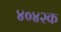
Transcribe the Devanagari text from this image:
४०४२क